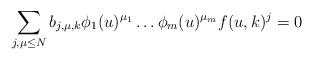
LaTeX: \begin{align*}\sum _{j,\mu \leq N} b_{j,\mu , k}\phi _1(u) ^{\mu _1}\ldots \phi _m(u)^{\mu _m} f( u, k)^j=0\end{align*}